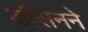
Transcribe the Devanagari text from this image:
डॉसनने